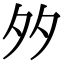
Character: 𡖇